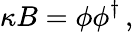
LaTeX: \kappa B=\phi\phi^{\dagger}\, ,